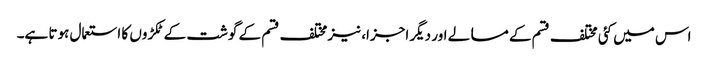
اس میں کئی مختلف قسم کے مسالے اور دیگر اجزا، نیز مختلف قسم کے گوشت کے ٹکڑوں کا استعمال ہوتا ہے۔